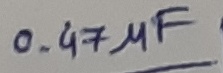
Text: 0.47µF